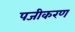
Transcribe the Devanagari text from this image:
पजीकरण